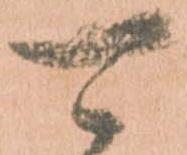
可